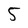
Character: 5